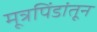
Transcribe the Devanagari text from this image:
मूत्रपिंडांतून